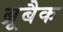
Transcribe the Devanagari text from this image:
ब्रूबैक